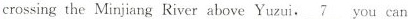
crossing the Minjiang River above Yuzui,\underline{7} you can